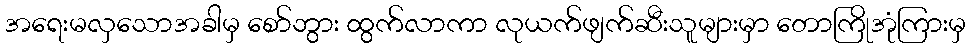
အရေးမလှသောအခါမှ စော်ဘွား ထွက်လာကာ လုယက်ဖျက်ဆီးသူများမှာ တောကြိုအုံကြားမှ